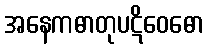
အနေကဓာတုပဋိဝေဓော